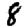
Digit: 8